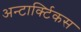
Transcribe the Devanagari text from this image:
अन्टार्क्टिकस